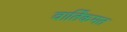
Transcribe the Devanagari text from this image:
वार्तिकमत